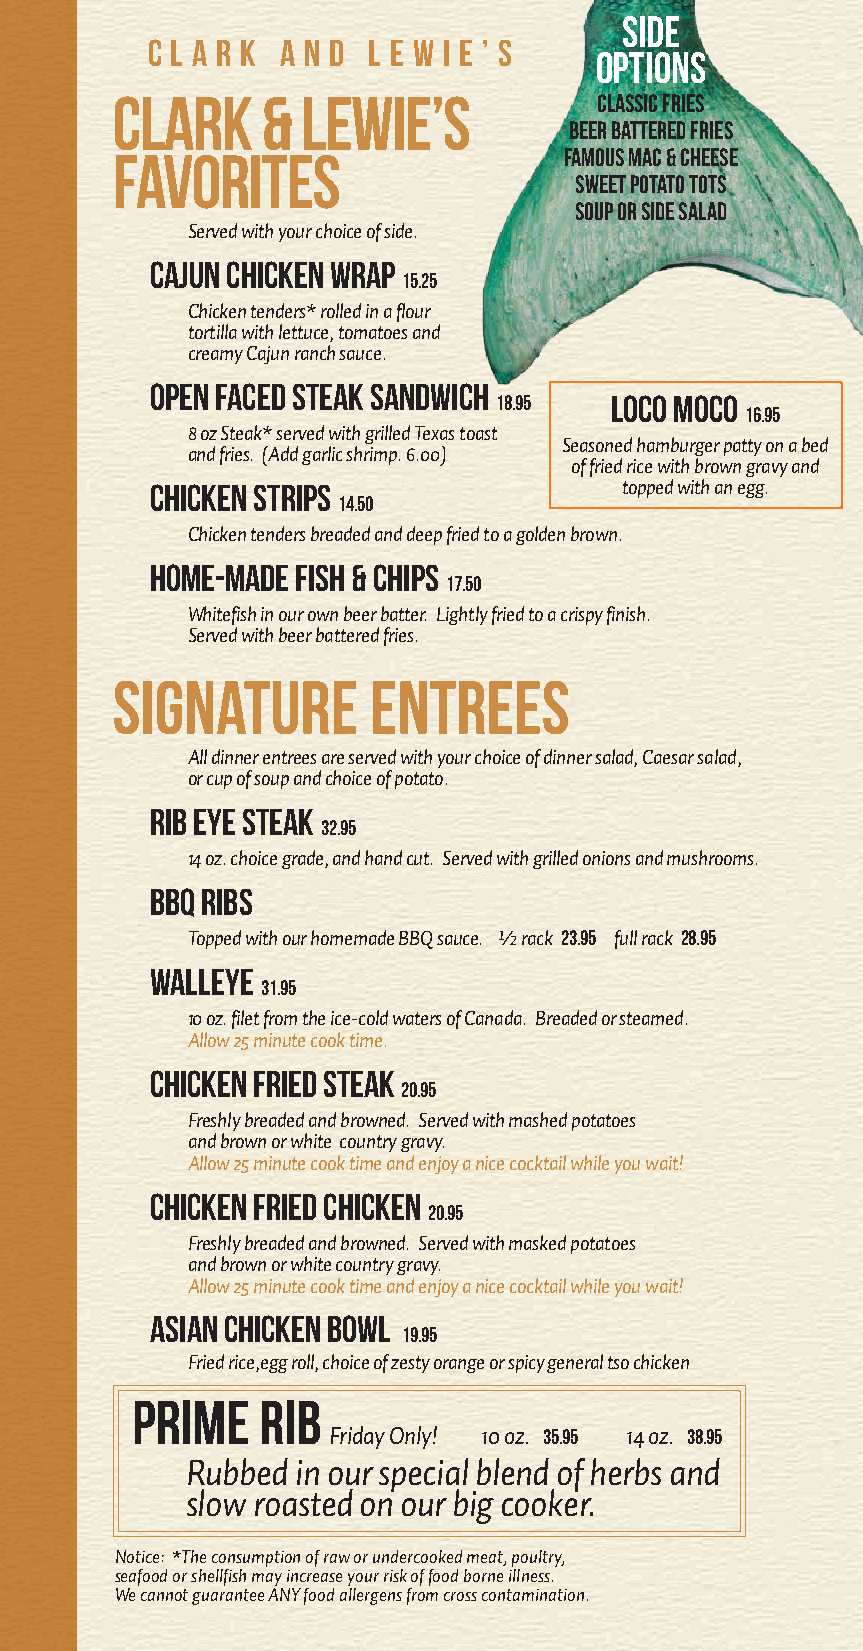
Side
 C l a r k a n d L e w i e ’ s
 OPTIONs
 Clark     &  Lewie’s             Classic Fries
 Beer Battered Fries
 Favorites                     Famous Mac & Cheese
 Sweet Potato Tots
 Soup or Side Salad
 Served with your choice of side.
 Cajun Chicken Wrap
 15.25
 Chicken tenders* rolled in a flour
 tortilla with lettuce, tomatoes and
 creamy Cajun ranch sauce.
 Open Faced Steak Sandwich
 18.95  LOCO MOCO
 16.95
 8 oz Steak* served with grilled Texas toast
 Seasoned hamburger patty on a bed
 and fries. (Add garlic shrimp. 6.00)
 of fried rice with brown gravy and
 Chicken Strips                 topped with an egg.
 14.50
 Chicken tenders breaded and deep fried to a golden brown.
 Home-made Fish & Chips
 17.50
 Whitefish in our own beer batter. Lightly fried to a crispy finish.
 Served with beer battered fries.
 Signature        Entrees
 All dinner entrees are served with your choice of dinner salad, Caesar salad,
 or cup of soup and choice of potato.
 Rib Eye Steak
 32.95
 14 oz. choice grade, and hand cut. Served with grilled onions and mushrooms.
 BBQ Ribs
 Topped with our homemade BBQ sauce. ½ rack 23.95 full rack 28.95
 Walleye
 31.95
 10 oz. filet from the ice-cold waters of Canada. Breaded or steamed.
 Allow 25 minute cook time.
 Chicken Fried Steak
 20.95
 Freshly breaded and browned. Served with mashed potatoes
 and brown or white country gravy.
 Allow 25 minute cook time and enjoy a nice cocktail while you wait!
 Chicken Fried Chicken
 20.95
 Freshly breaded and browned. Served with masked potatoes
 and brown or white country gravy.
 Allow 25 minute cook time and enjoy a nice cocktail while you wait!
 Asian chicken bowl
 19.95
 Fried rice,egg roll, choice of zesty orange or spicy general tso chicken
 Prime   Rib
 Friday Only! 10 oz. 35.95 14 oz. 38.95
 Rubbed  in our special blend of herbs and
 slow roasted on our big cooker.
 Notice: *The consumption of raw or undercooked meat, poultry,
 seafood or shellfish may increase your risk of food borne illness.
 We cannot guarantee ANY food allergens from cross contamination.